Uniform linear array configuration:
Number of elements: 4
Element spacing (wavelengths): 0.25
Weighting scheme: blackman
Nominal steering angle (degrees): -45
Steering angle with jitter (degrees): -43.465
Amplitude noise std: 0.05
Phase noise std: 0.05

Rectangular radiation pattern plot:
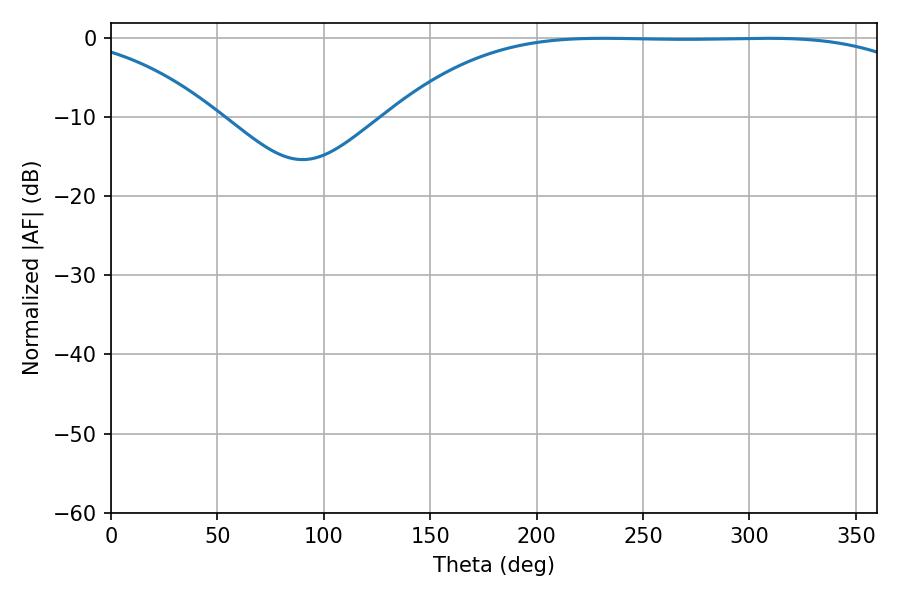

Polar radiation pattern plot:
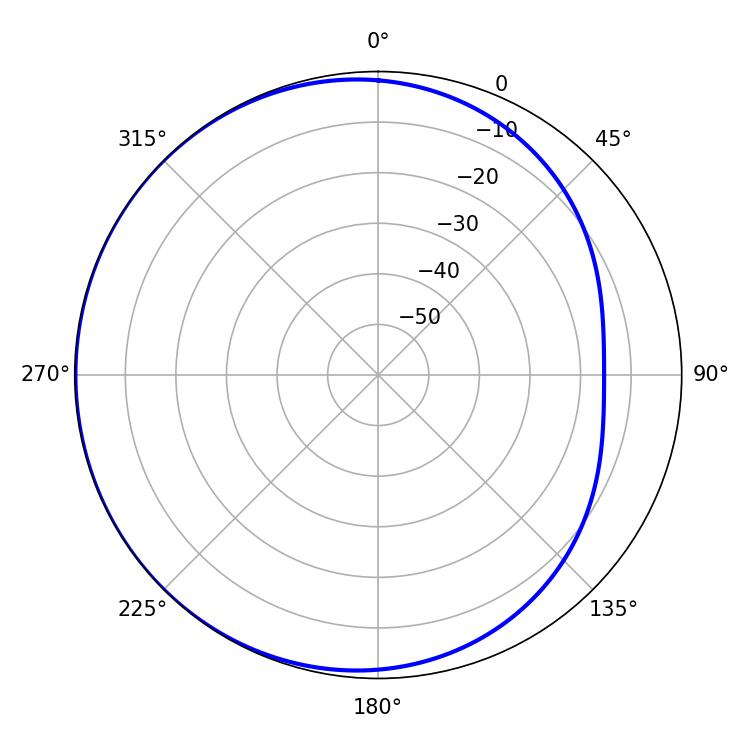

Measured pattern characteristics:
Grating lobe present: FALSE
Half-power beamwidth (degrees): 192.6
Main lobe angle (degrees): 231.3